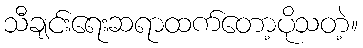
သီချင်းရေးဆရာထက်တော့ပိုသတဲ့။